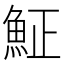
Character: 𩶝